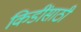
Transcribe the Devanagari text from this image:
किडींसाठी